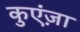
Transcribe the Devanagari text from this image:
कुएंज़ा